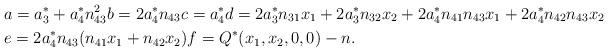
LaTeX: \begin{align*}& a = a_{3}^{*} + a_{4}^{*} n_{43}^{2} b = 2 a_{4}^{*} n_{43} c = a_{4}^{*} d = 2 a_{3}^{*} n_{31} x_{1} + 2 a_{3}^{*} n_{32} x_{2} + 2a_{4}^{*} n_{41} n_{43} x_{1} + 2a_{4}^{*} n_{42} n_{43} x_{2}\\ & e = 2a_{4}^{*} n_{43} (n_{41} x_{1} + n_{42} x_{2}) f = Q^{*}(x_{1},x_{2},0,0) - n.\end{align*}